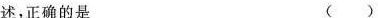
述，正确的是 ()